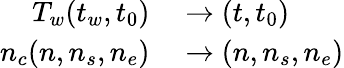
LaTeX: \begin{array}{rl}{T_{w}(t_{w},t_{0})}&{{}\to(t,t_{0})}\\ {n_{c}(n,n_{s},n_{e})}&{{}\to(n,n_{s},n_{e})}\end{array}